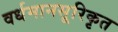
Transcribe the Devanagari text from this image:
वर्धमानसूरिकृत